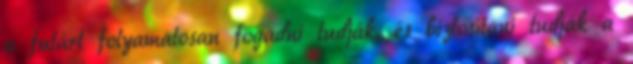
a futárt folyamatosan fogadni tudják, és biztosítani tudják a